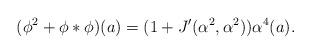
LaTeX: \begin{align*} (\phi^2+\phi*\phi)(a)=(1+J'(\alpha^2,\alpha^2))\alpha^4(a).\end{align*}